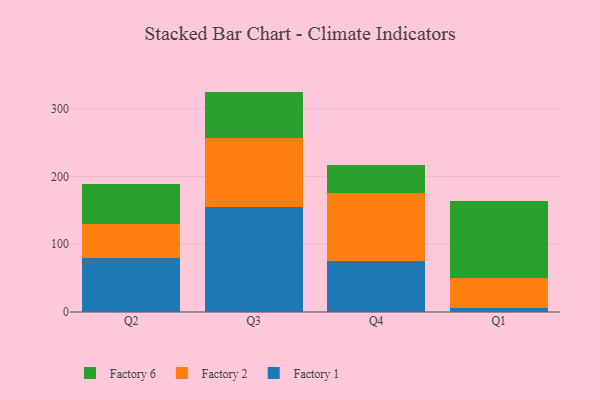
{"axis": {"x": "Quarter", "y": "Operating Costs (USD K)"}, "legend": ["Factory 1", "Factory 2", "Factory 6"], "data": [{"x": "Q2", "y": 79.9, "type": "Factory 1"}, {"x": "Q2", "y": 49.6, "type": "Factory 2"}, {"x": "Q2", "y": 59.9, "type": "Factory 6"}, {"x": "Q3", "y": 155.5, "type": "Factory 1"}, {"x": "Q3", "y": 100.8, "type": "Factory 2"}, {"x": "Q3", "y": 69.2, "type": "Factory 6"}, {"x": "Q4", "y": 76.0, "type": "Factory 1"}, {"x": "Q4", "y": 99.8, "type": "Factory 2"}, {"x": "Q4", "y": 40.6, "type": "Factory 6"}, {"x": "Q1", "y": 5.3, "type": "Factory 1"}, {"x": "Q1", "y": 45.6, "type": "Factory 2"}, {"x": "Q1", "y": 112.5, "type": "Factory 6"}]}